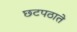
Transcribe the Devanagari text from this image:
छटपठाते